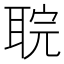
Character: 𮋲